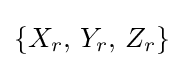
\left\{X_{r},\,Y_{r},\,Z_{r}\right\}